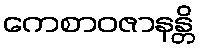
ကေစာဝဇာနန္တိ